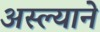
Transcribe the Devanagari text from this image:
अस्ल्याने